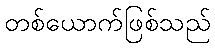
တစ်ယောက်ဖြစ်သည်